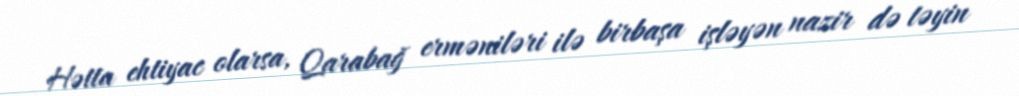
Hətta ehtiyac olarsa, Qarabağ erməniləri ilə birbaşa işləyən nazir də təyin